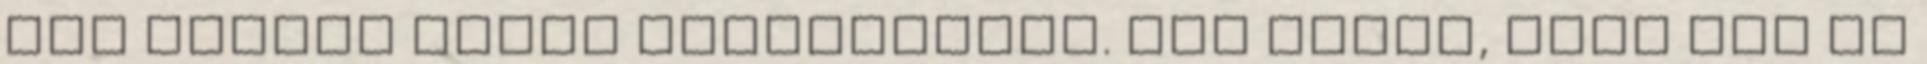
még nagyon ügyes házvezetőnő. Úgy tűnik, hogy egy új